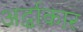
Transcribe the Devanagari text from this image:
अर्द्धाकार